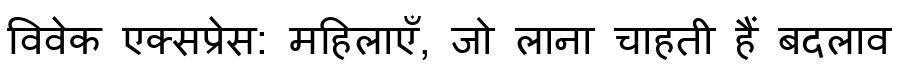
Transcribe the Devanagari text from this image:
विवेक एक्सप्रेस: महिलाएँ, जो लाना चाहती हैं बदलाव